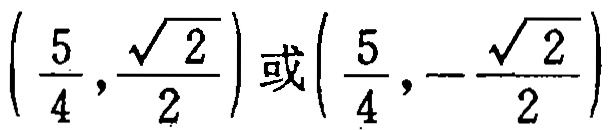
$\left(\frac{5}{4},\frac{\sqrt{2}}{2}\right)或\left(\frac{5}{4},-\frac{\sqrt{2}}{2}\right)$